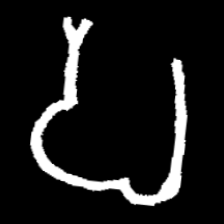
Pyu character \u2014 Myanmar letter: ပ (romanized: pa)